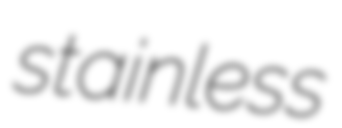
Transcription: stainless